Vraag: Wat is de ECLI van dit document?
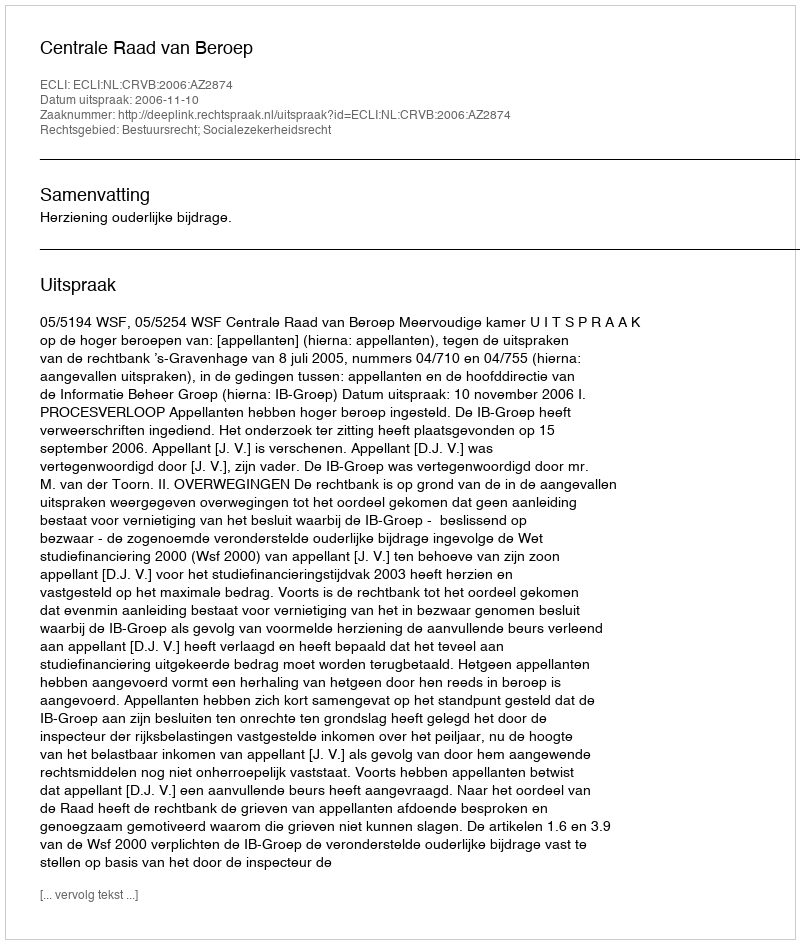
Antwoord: ECLI:NL:CRVB:2006:AZ2874